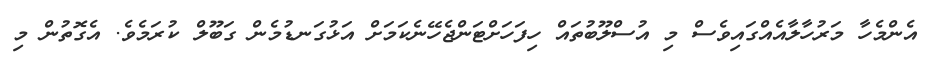
އެންމެހާ މަރުހާލާއެއްގައިވެސް މި އުސްލޫބުތައް ހިފަހަށްޓަންޖެހޭނެކަމަށް އަޅުގަނޑުމެން ގަބޫލް ކުރަމެވެ. އެގޮތުން މި